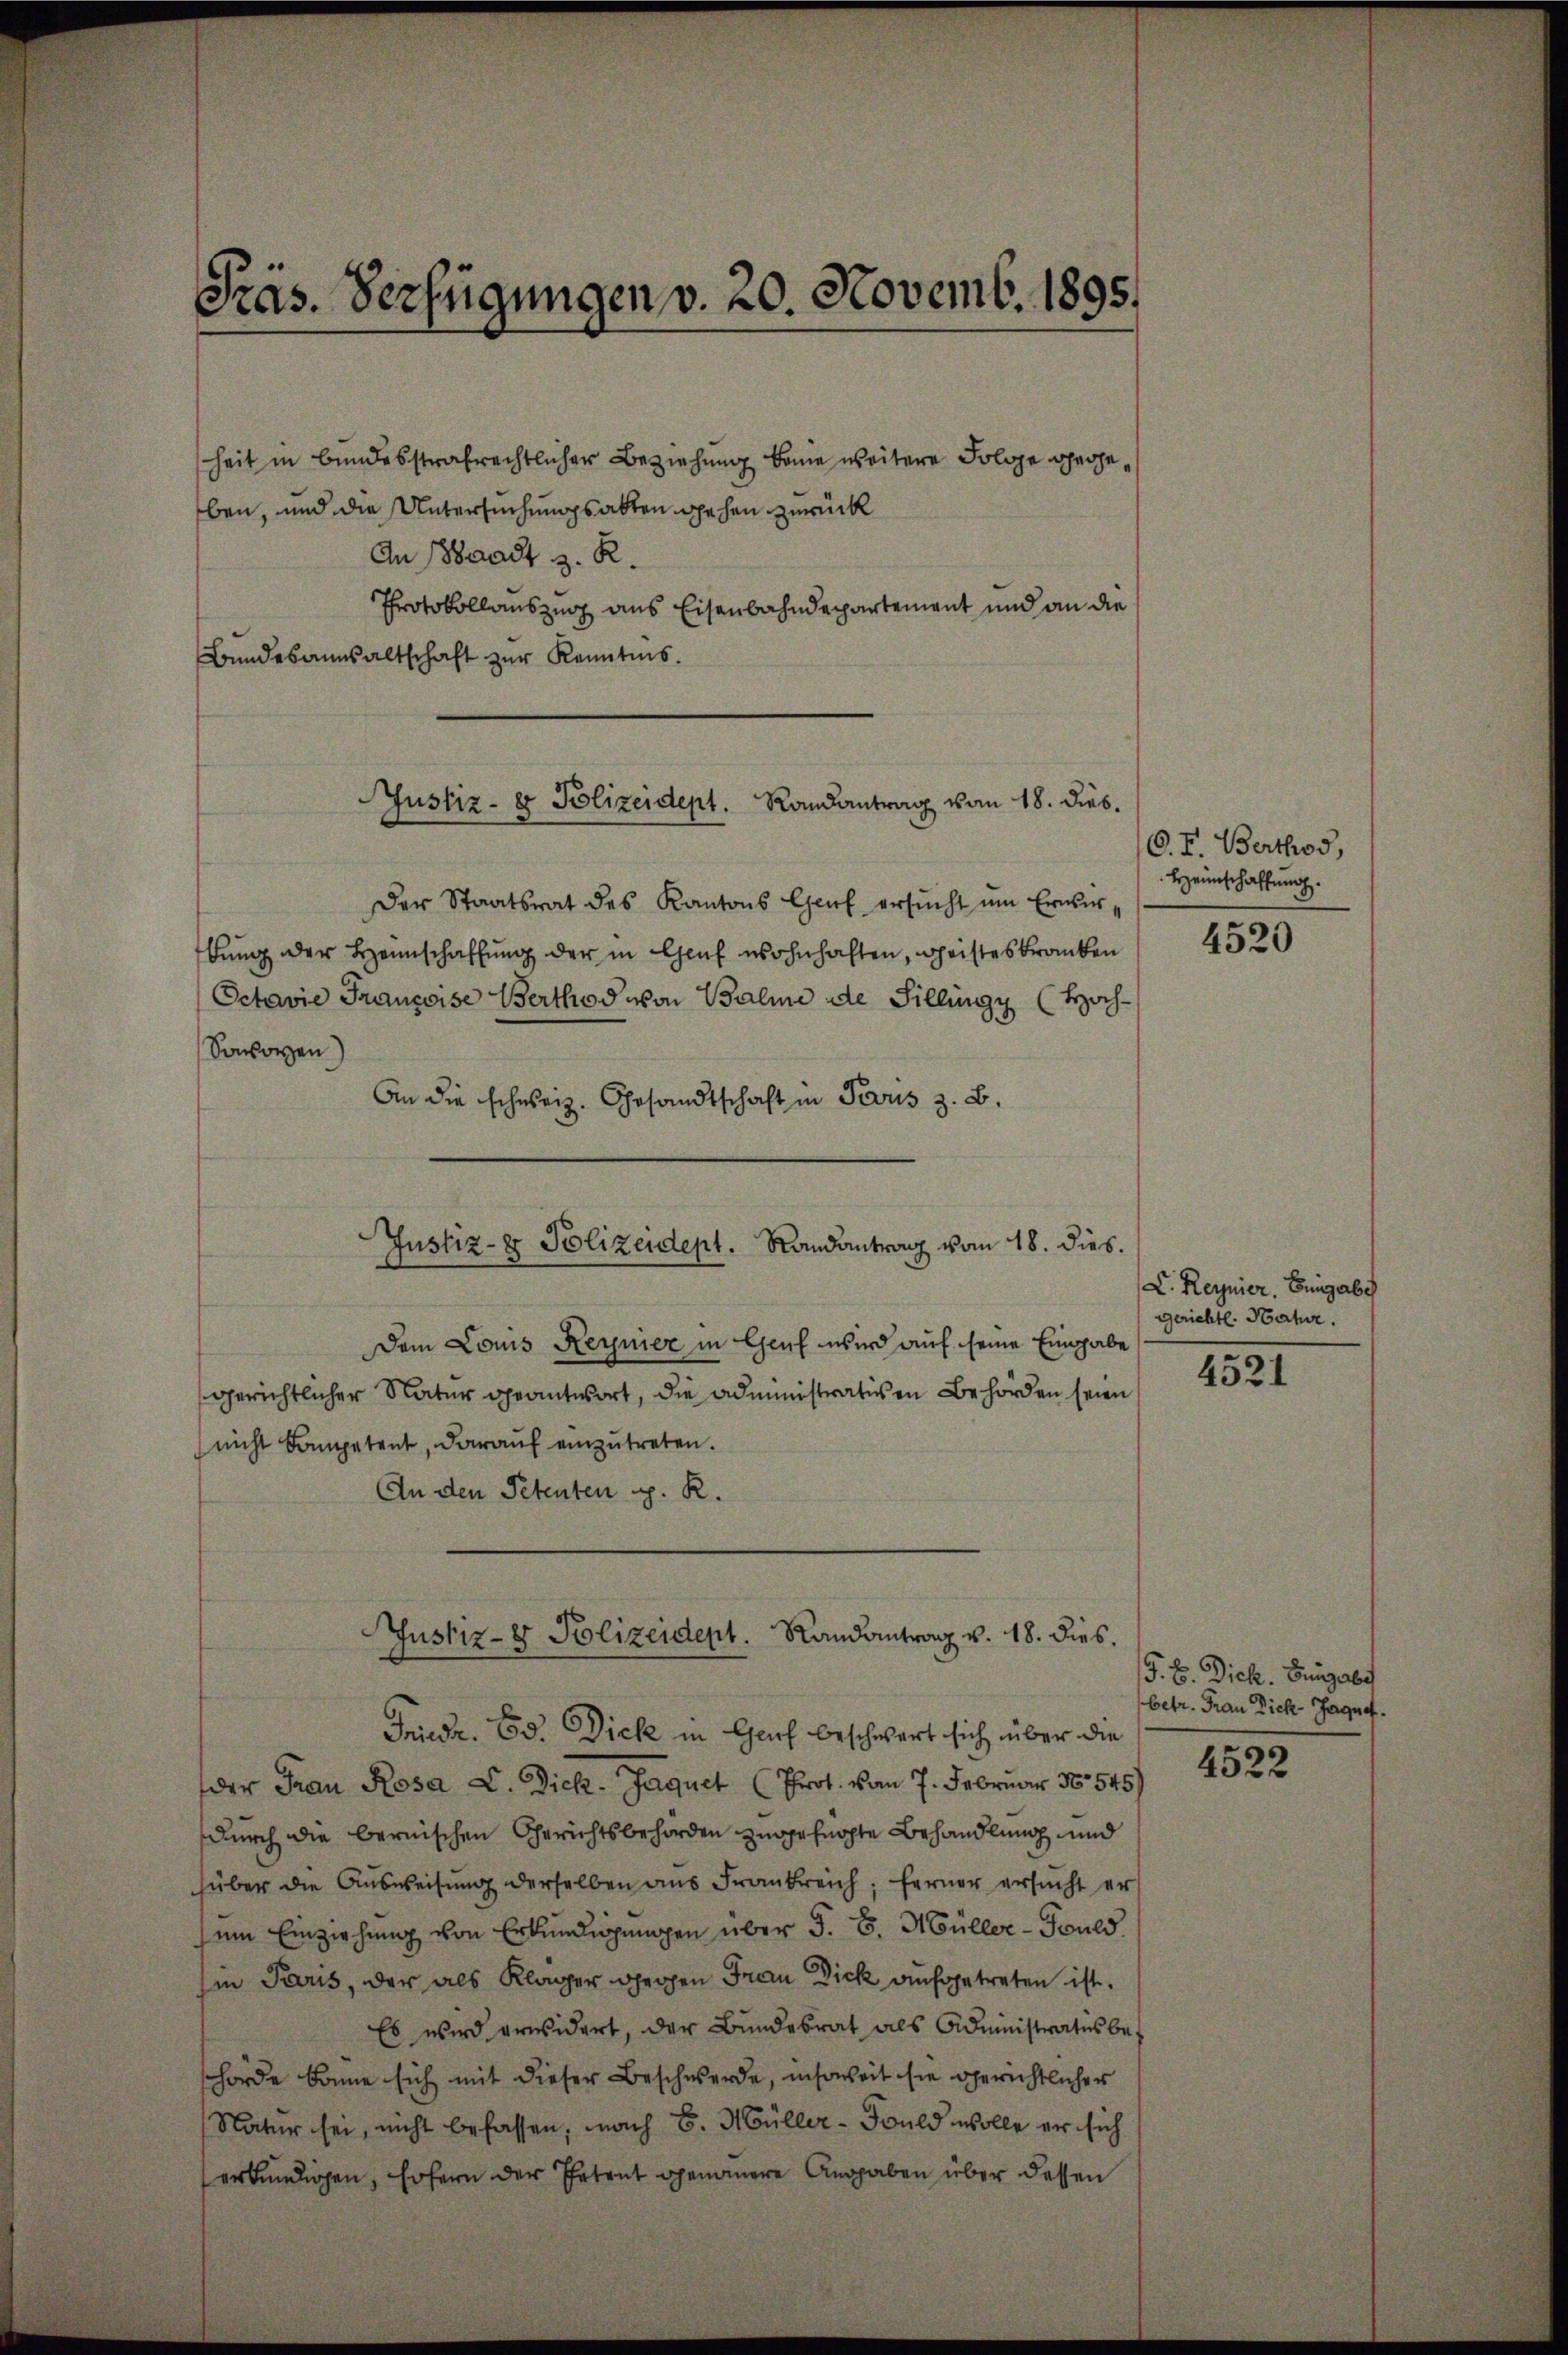
Präs. Verfügungen v. 20. Novemb. 1895.

heit in bundesstrafrechtlicher Beziehung könne weitere Folge gege
ben, und die Untersuchungsabten gehen zurückl
An Waadt z. R.
Protokollauszug aus Eisenbahndepartement und an die
Bundesansaltschaft zur Kenntnis.

Justiz- er Polizeidept. Randantrag vom 18. dies.

Der Staatsrat des Kantons Genf ersucht um Erwirbung der Hannschaffung der in Genf wohnhaften, Geisteskranken
Octavie Francoise Berthod von Balme de Sillingy (Hoch¬
Sonoren)
An die schweiz. Gesandtschaft in Paris z. B.
Dem Louis Reynier in Genf wird auf seine Eingabe
gerichtlicher Natur geantwort, die Administrativen Behörden seien
nicht kompetent, darauf einzutreten.
An den Petenten pp. R.
ustiz- & Polizeident. Randantrag v. 18. dies.
Friedr. Ed. Dick in Genf beschwert sich über die
der Frau Rosa C. Dich - Jaquet (Prot. von 7. Februar 18545)
durch die bernischen Gerichtsbehörden zugefügte Behandlung und
füber die Ausweisung derselben aus Frankreich; ferner ersucht er
em Einziehung von Erkundigungen über §. 8. Müller-Suld.
sin Paris, der als Kläger gegen Frau Dick aufgetreten ist.
Es wird erwidert, der Bŭndesrat als Administrates be-
hörde könne sich mit dieser Beschwerde, insoweit sie gerichtlicher
Natur sei, nicht befassen, nach B. Müller-Suld wolle er sich
erkündigen, sofern der Petent genommere Angaben über dessen

Justiz- & Polizeidept. Randantrag vom 18. dies.

C. F. Berthos,
Heimschaffung.

4520

L. Regnier. Eingabe
gerichtl. Hatr.

4521

G. B. Dich. Eingabe
betr. Frau Dich Jaquat.

4522